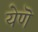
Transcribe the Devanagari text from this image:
येणॆ